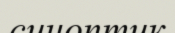
синоптик